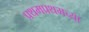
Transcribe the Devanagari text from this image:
प्रथमप्रथमच्या